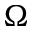
\Omega